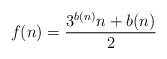
\begin{align*}f(n)= \frac{3^{b(n)}n + b(n)}{2}\end{align*}